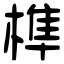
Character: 榫